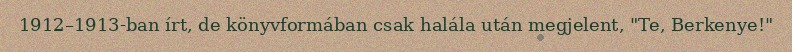
1912–1913-ban írt, de könyvformában csak halála után megjelent, "Te, Berkenye!"